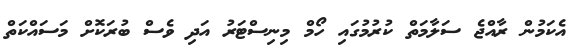
އެކަމުން ރާއްޖެ ސަލާމަތް ކުރުމުގައި ހޯމް މިނިސްޓަރު އަދި ވެސް ބުރަކޮށް މަސައްކަތް